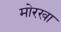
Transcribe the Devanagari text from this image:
मोरखा